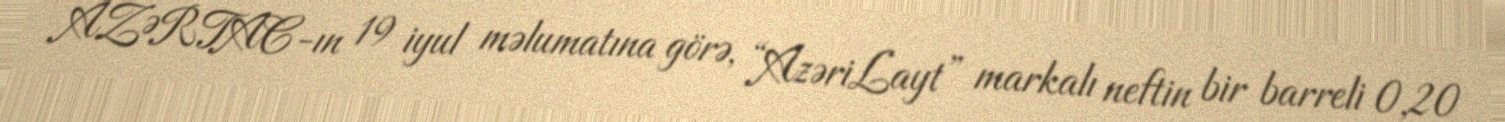
AZƏRTAC-ın 19 iyul məlumatına görə, “AzəriLayt” markalı neftin bir barreli 0,20